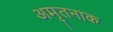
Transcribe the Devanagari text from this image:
अमृतनाक